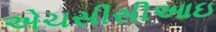
એચસીસીઆઇ